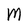
Character: M